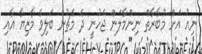
ނިއު އަށް މުބާރާތް ނިންމާލަން ޖެހުނީ ދެ މެޗުން ބަލިވެ މާޒިޔާ އާއި